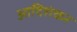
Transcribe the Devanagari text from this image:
आदिशंकर